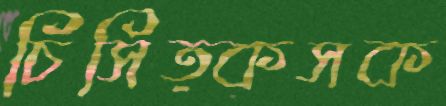
চিসিত্কসক